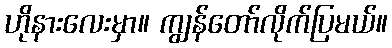
ဟိုနားလေးမှာ။ ကျွန်တော်လိုက်ပြမယ်။